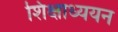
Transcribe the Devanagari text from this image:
शिक्षाध्ययन